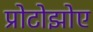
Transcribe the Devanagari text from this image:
प्रोटोझोए